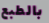
بالطبع